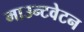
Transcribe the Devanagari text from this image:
माउन्टवेटन